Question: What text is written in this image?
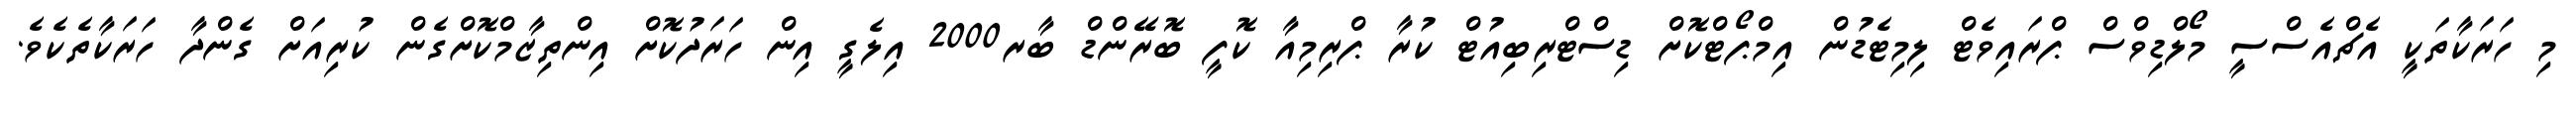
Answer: މި ހަރަކާތަކީ އެޗްއެސްސީ މޯލްޑިވްސް ޕްރައިވެޓް ލިމިޓެޑުން އިމްޕޯޓްކޮށް ޑިސްޓްރިބިއުޓް ކުރާ ޕްރިމިއާ ކޮފީ ބޮރޭންޑް ބާރ2000 އިލެގީ އިން ހަރަދުކޮށް އިންތިޒާމްކޮށްގެން ކުރިއަށް ގެންދާ ހަރަކާތެކެވެ.